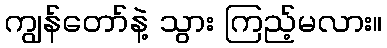
ကျွန်တော်နဲ့ သွား ကြည့်မလား။